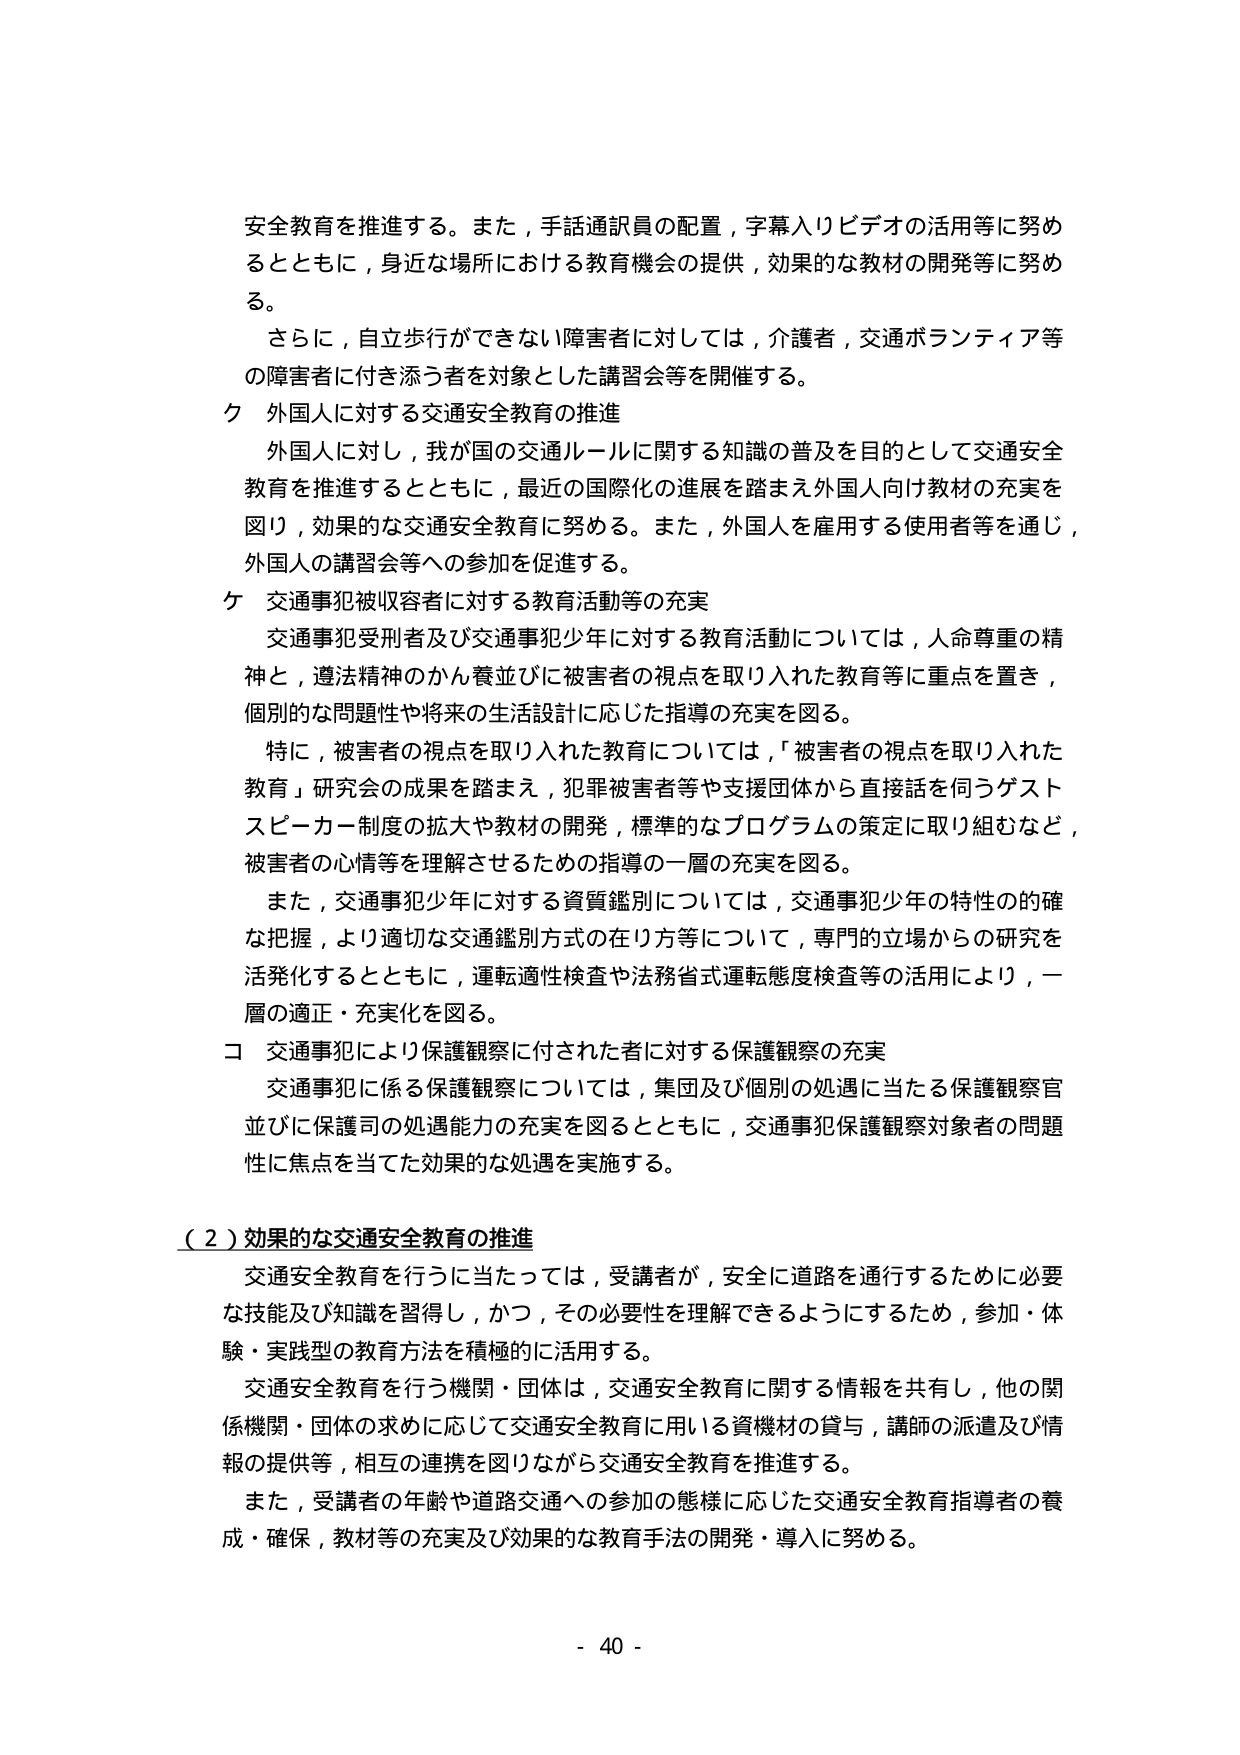
安全教育を推進する。また，手話通訳員の配置，字幕入りビデオの活用等に努めるとともに，身近な場所における教育機会の提供，効果的な教材の開発等に努める。

さらに，自立歩行ができない障害者に対しては，介護者，交通ボランティア等の障害者に付き添う者を対象とした講習会等を開催する。

ク 外国人に対する交通安全教育の推進

外国人に対し，我が国の交通ルールに関する知識の普及を目的として交通安全教育を推進するとともに，最近の国際化の進展を踏まえ外国人向け教材の充実を図り，効果的な交通安全教育に努める。また，外国人を雇用する使用者等を通じ，外国人の講習会等への参加を促進する。

ケ 交通事犯被収容者に対する教育活動等の充実

交通事犯受刑者及び交通事犯少年に対する教育活動については，人命尊重の精神と，遵法精神のかん養並びに被害者の視点を取り入れた教育等に重点を置き，個別的な問題性や将来の生活設計に応じた指導の充実を図る。

特に，被害者の視点を取り入れた教育については，「被害者の視点を取り入れた教育」研究会の成果を踏まえ，犯罪被害者等や支援団体から直接話を伺うゲストスピーカー制度の拡大や教材の開発，標準的なプログラムの策定に取り組むなど，被害者の心情等を理解させるための指導の一層の充実を図る。

また，交通事犯少年に対する資質鑑別については，交通事犯少年の特性の的確な把握，より適切な交通鑑別方式の在り方等について，専門的立場からの研究を活発化するとともに，運転適性検査や法務省式運転態度検査等の活用により，一層の適正・充実化を図る。

コ 交通事犯により保護観察に付された者に対する保護観察の充実

交通事犯に係る保護観察については，集団及び個別の処遇に当たる保護観察官並びに保護司の処遇能力の充実を図るとともに，交通事犯保護観察対象者の問題性に焦点を当てた効果的な処遇を実施する。

（２）効果的な交通安全教育の推進

交通安全教育を行うに当たっては，受講者が，安全に道路を通行するために必要な技能及び知識を習得し，かつ，その必要性を理解できるようにするため，参加・体験・実践型の教育方法を積極的に活用する。

交通安全教育を行う機関・団体は，交通安全教育に関する情報を共有し，他の関係機関・団体の求めに応じて交通安全教育に用いる資機材の貸与，講師の派遣及び情報の提供等，相互の連携を図りながら交通安全教育を推進する。

また，受講者の年齢や道路交通への参加の態様に応じた交通安全教育指導者の養成・確保，教材等の充実及び効果的な教育手法の開発・導入に努める。

- 40 -